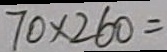
7 0 \times 2 6 0 =